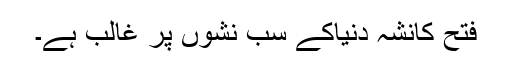
فتح کانشہ دنیاکے سب نشوں پر غالب ہے۔